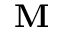
\mathbf { M }